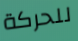
للحركة